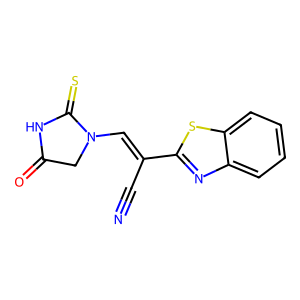
SMILES: N#CC(=CN1CC(=O)NC1=S)c1nc2ccccc2s1
Inhibits HIV replication: No